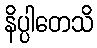
နိပ္ပါတေသိ